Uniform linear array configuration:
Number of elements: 8
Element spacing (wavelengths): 0.5
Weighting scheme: exponential
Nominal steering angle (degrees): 15
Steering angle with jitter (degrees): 15.962
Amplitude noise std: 0.05
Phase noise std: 0.05

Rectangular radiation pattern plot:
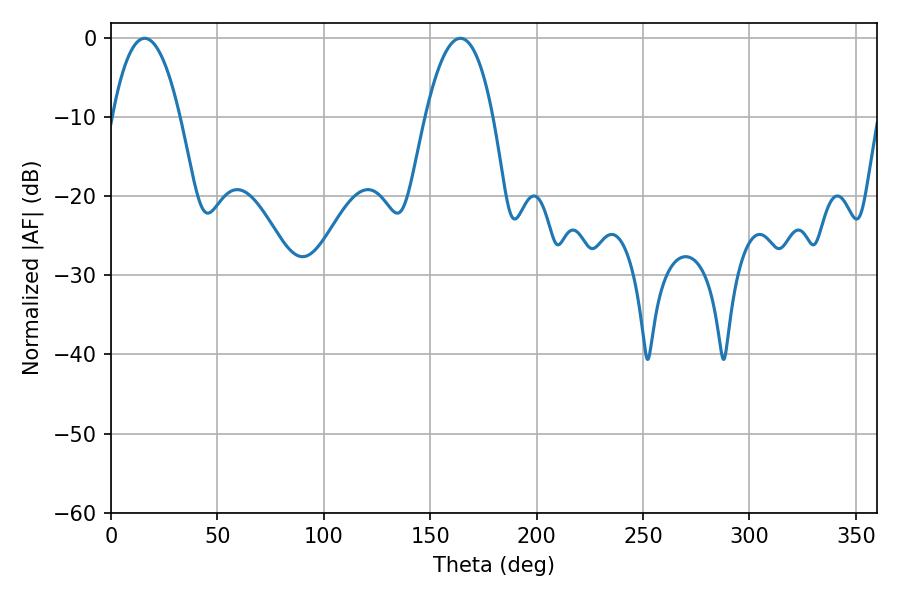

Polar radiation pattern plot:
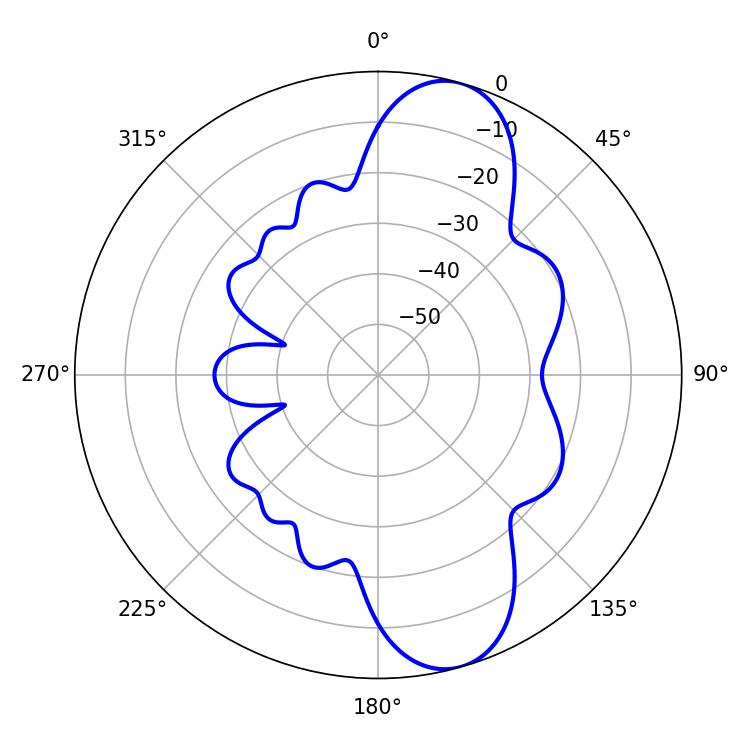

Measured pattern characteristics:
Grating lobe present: FALSE
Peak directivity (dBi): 10.265
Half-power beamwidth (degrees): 17.64
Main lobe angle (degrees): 15.84